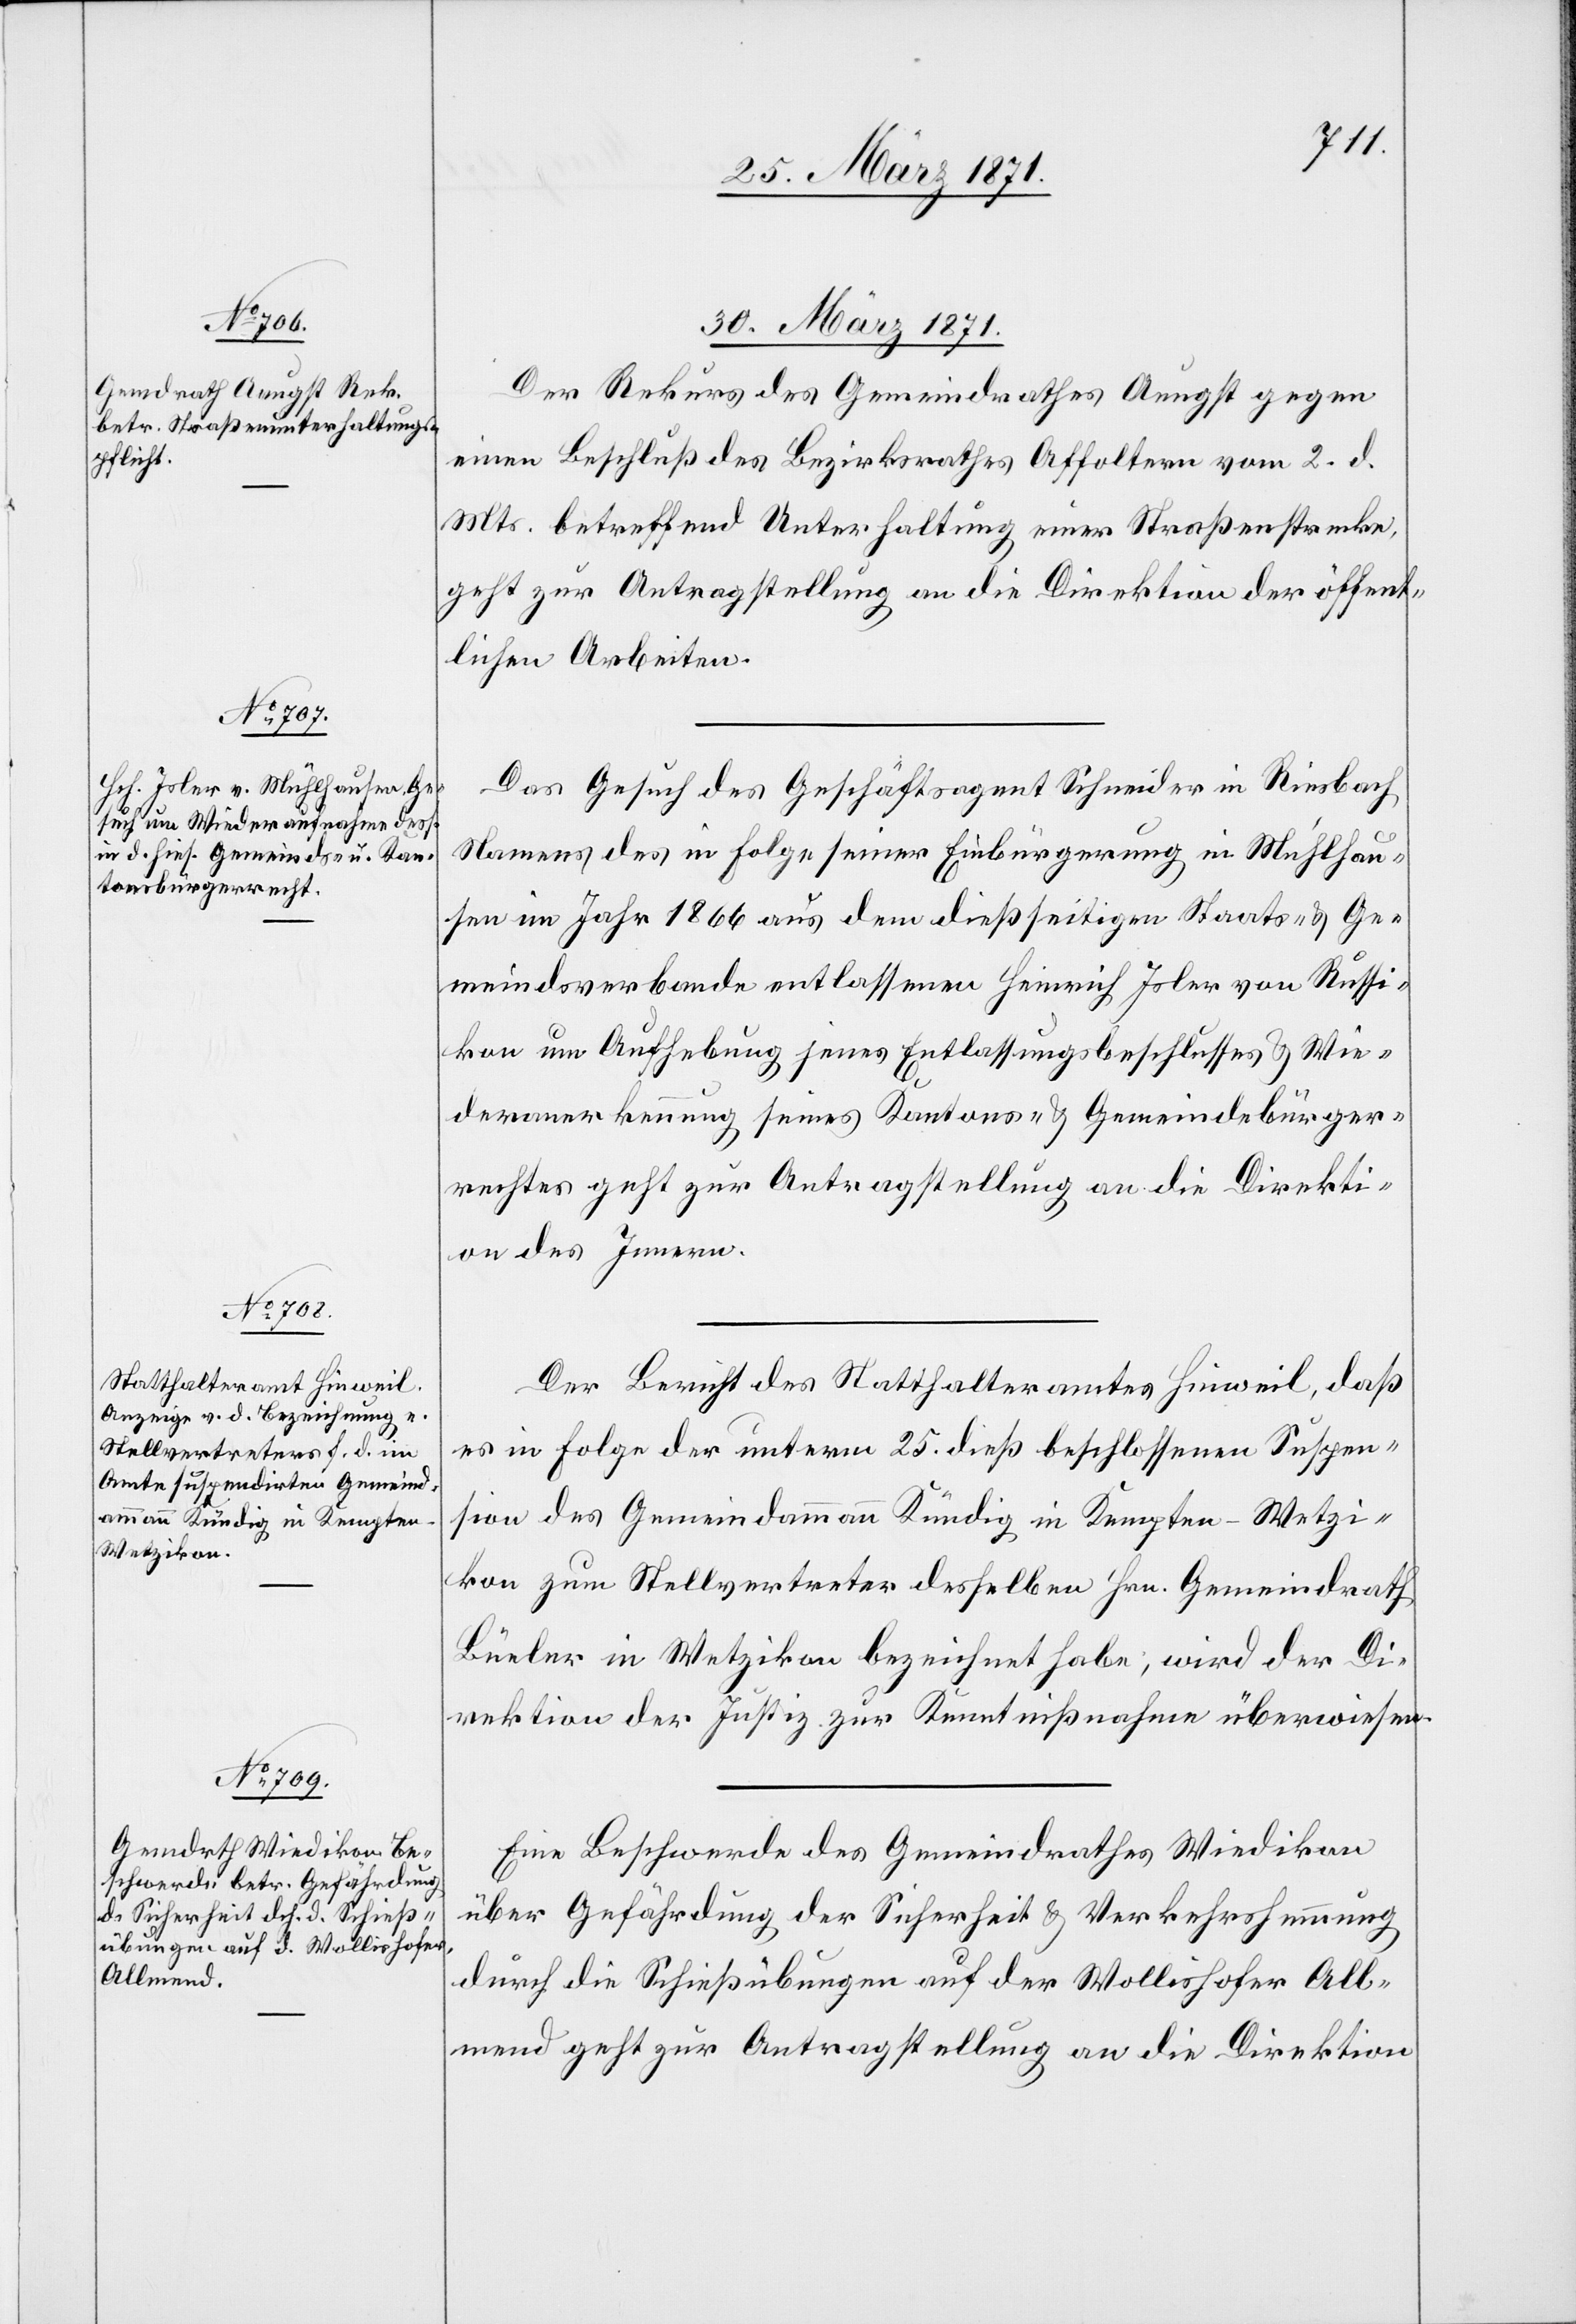
30. März 1871.]
Der Rekurs des Gemeindrathes Aeugst gegen
einen Beschluß des Bezirksrathes Affoltern vom 2. d.
Mts. betreffend Unterhaltung einer Straßenstrecke,
geht zur Antragstellung an die Direktion der öffent¬
lichen Arbeiten.
Das Gesuch des Geschäftsagent Schneider in Riesbach
Namens des in Folge seiner Einbürgerung in Mühlhau¬
sen im Jahr 1866 aus dem dießseitigen Staats- u. Ge¬
meindsverbande entlassenen Heinrich Isler von Russi¬
kon um Aufhebung jenes Entlassungsbeschlusses u. Wie¬
deranerkennung seines Kantons- u. Gemeindebürger¬
rechtes geht zur Antragstellung an die Direkti¬
on des Innern.
Der Bericht des Statthalteramt Hinweil, daß
es in Folge der unterm 25. dieß beschlossenen Suspen¬
sion des Gemeindammann Kündig in Kempten-Wetzi¬
kon zum Stellvertreter desselben Hrn. Gemeindrath
Büeler in Wetzikon bezeichnet habe; wird der Di¬
rektion der Justiz zur Kenntnißnahme überwiesen.
Eine Beschwerde des Gemeindrathes Wiedikon
über Gefährdung der Sicherheit u. Verkehrshemmung
durch die Schießübungen auf der Wollishofer All¬
mend geht zur Antragstellung an die Direktion